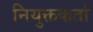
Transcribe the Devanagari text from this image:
नियुक्तकर्ता